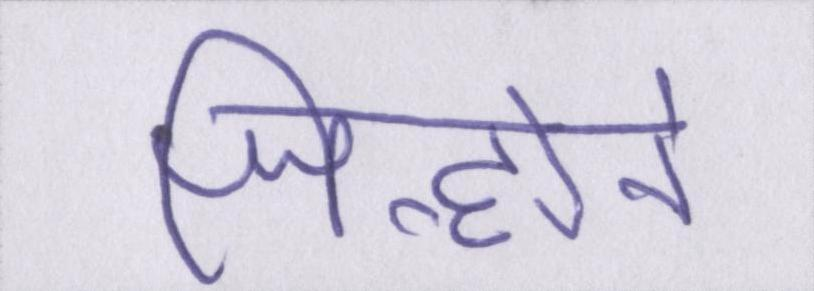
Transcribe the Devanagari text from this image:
जिन्होने